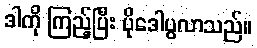
ဒါကို ကြည့်ပြီး ပိုဒေါပွလာသည်။